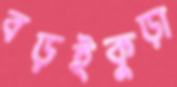
বড়ইকুড়া